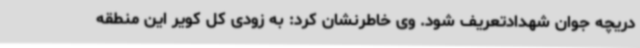
دریچه جوان شهدادتعریف شود. وی خاطرنشان کرد: به زودی کل کویر این منطقه